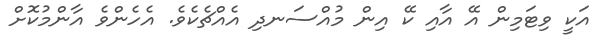
އަކީ ވިޓަމިން އޭ އާއި ކޭ އިން މުއްސަނދި އެއްޗެކެވެ. އެހެންވެ އާންމުކޮށް